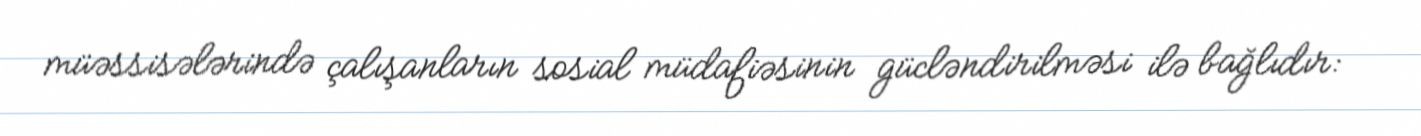
müəssisələrində çalışanların sosial müdafiəsinin gücləndirilməsi ilə bağlıdır: